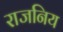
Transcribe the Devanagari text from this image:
राजनिय